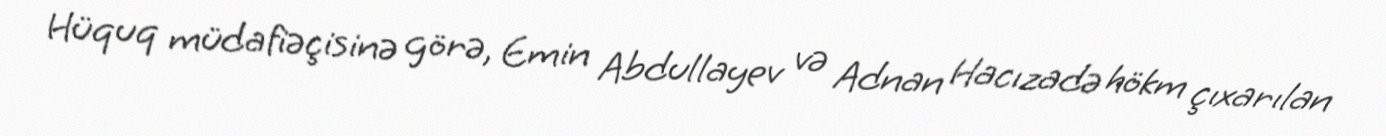
Hüquq müdafiəçisinə görə, Emin Abdullayev və Adnan Hacızadə hökm çıxarılan